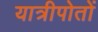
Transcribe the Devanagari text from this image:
यात्रीपोतों